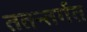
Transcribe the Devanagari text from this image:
ततन्तर्गत